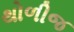
થોળીજ